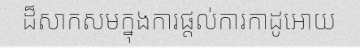
ដ៏សាកសមក្នុងការផ្តល់ការកាដូអោយ